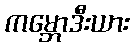
ကမ္ဘောဒီးယား